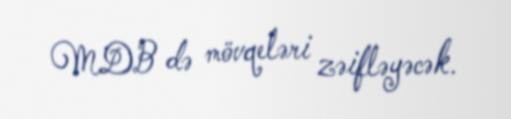
MDB də mövqeləri zəifləyəcək.